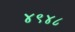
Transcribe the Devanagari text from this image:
४९४८